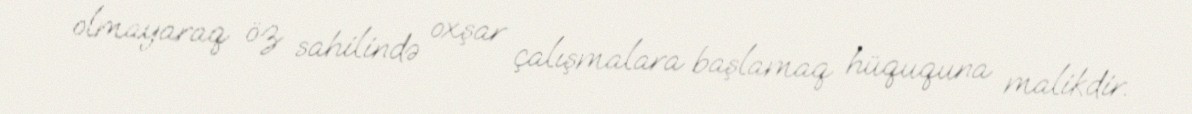
olmayaraq öz sahilində oxşar çalışmalara başlamaq hüququna malikdir.